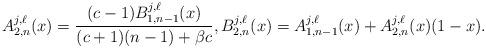
LaTeX: \begin{align*}A_{2,n}^{j,\ell}(x)=\frac{(c-1)B_{1,n-1}^{j,\ell}(x)}{(c+1)(n-1)+\beta c},B_{2,n}^{j,\ell}(x)=A_{1,n-1}^{j,\ell}(x)+A_{2,n}^{j,\ell}(x)(1-x) .\end{align*}